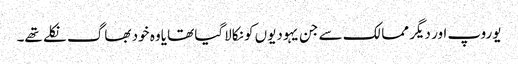
یوروپ اور دیگر ممالک سے جن یہودیوں کو نکالاگیا تھا یاوہ خود بھاگ نکلے تھے۔